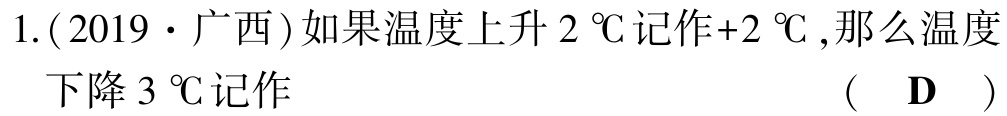
1.(2019·广西)如果温度上升$2\ ^{\circ}\text{C}$记作$+2\ ^{\circ}\text{C}$,那么温度下降$3\ ^{\circ}\text{C}$记作 （ D ）